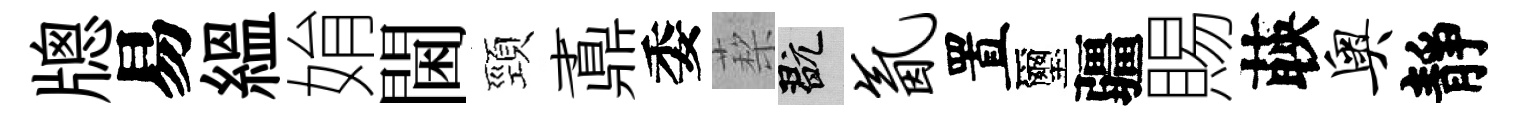
牕易緼姢閫頸鼒委蔾玩氤置璽疆賜𦴤奥靜